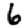
Digit: 6